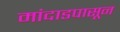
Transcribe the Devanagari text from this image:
मांदाडपासून